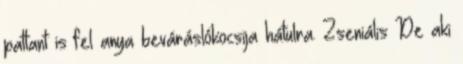
pattant is fel anya beváráslókocsija hátulra. Zseniális De aki